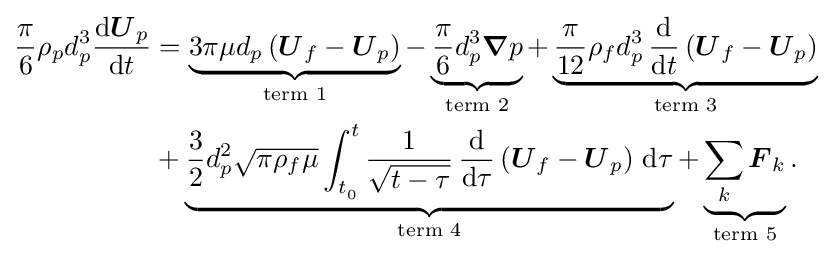
{\begin{aligned}{\frac {\pi }{6}}\rho _{p}d_{p}^{3}{\frac {{\text{d}}{\boldsymbol {U}}_{p}}{{\text{d}}t}}&=\underbrace {3\pi \mu d_{p}\left({\boldsymbol {U}}_{f}-{\boldsymbol {U}}_{p}\right)} _{\text{term 1}}-\underbrace {{\frac {\pi }{6}}d_{p}^{3}{\boldsymbol {\nabla }}p} _{\text{term 2}}+\underbrace {{\frac {\pi }{12}}\rho _{f}d_{p}^{3}\,{\frac {\text{d}}{{\text{d}}t}}\left({\boldsymbol {U}}_{f}-{\boldsymbol {U}}_{p}\right)} _{\text{term 3}}\\&+\underbrace {{\frac {3}{2}}d_{p}^{2}{\sqrt {\pi \rho _{f}\mu }}\int _{t_{_{0}}}^{t}{\frac {1}{\sqrt {t-\tau }}}\,{\frac {\text{d}}{{\text{d}}\tau }}\left({\boldsymbol {U}}_{f}-{\boldsymbol {U}}_{p}\right)\,{\text{d}}\tau } _{\text{term 4}}+\underbrace {\sum _{k}{\boldsymbol {F}}_{k}} _{\text{term 5}}.\end{aligned}}